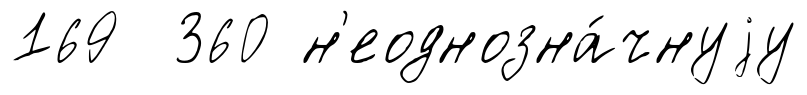
169 360 н'еоднозна́чнуjу